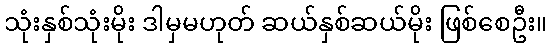
သုံးနှစ်သုံးမိုး ဒါမှမဟုတ် ဆယ်နှစ်ဆယ်မိုး ဖြစ်စေဦး။